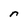
Character: n